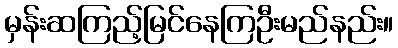
မှန်းဆကြည့်မြင်နေကြဦးမည်နည်း။